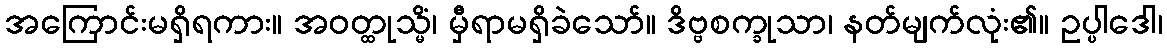
အကြောင်းမရှိရကား။ အဝတ္ထုသ္မိံ၊ မှီရာမရှိခဲသော်။ ဒိဗ္ဗစက္ခုသာ၊ နတ်မျက်လုံး၏။ ဥပ္ပါဒေါ၊